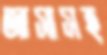
আসাসহ